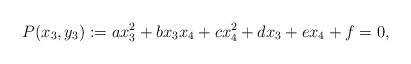
\begin{align*} P(x_{3},y_{3}) := ax_{3}^{2} + bx_{3} x_{4} + cx_{4}^{2} + dx_{3} + ex_{4} + f = 0,\end{align*}